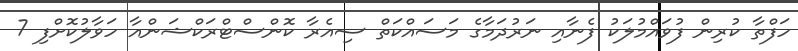
ހަފްތާ ކުރިން ފުވައްމުލަކު ފެނާއި ނަރުދަމާގެ މަސައްކަތް ސިއެރާ ކޮންސްޓްރަކްޝަންއާ ހަވާލުކޮށްފި 7